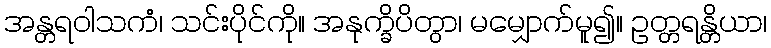
အန္တရဝါသကံ၊ သင်းပိုင်ကို။ အနုက္ခိပိတွာ၊ မမျှောက်မူ၍။ ဥတ္တရန္တိယာ၊